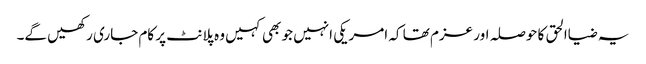
یہ ضیاالحق کا حوصلہ اور عزم تھا کہ امریکی انہیں جو بھی کہیں وہ پلانٹ پر کام جاری رکھیں گے۔